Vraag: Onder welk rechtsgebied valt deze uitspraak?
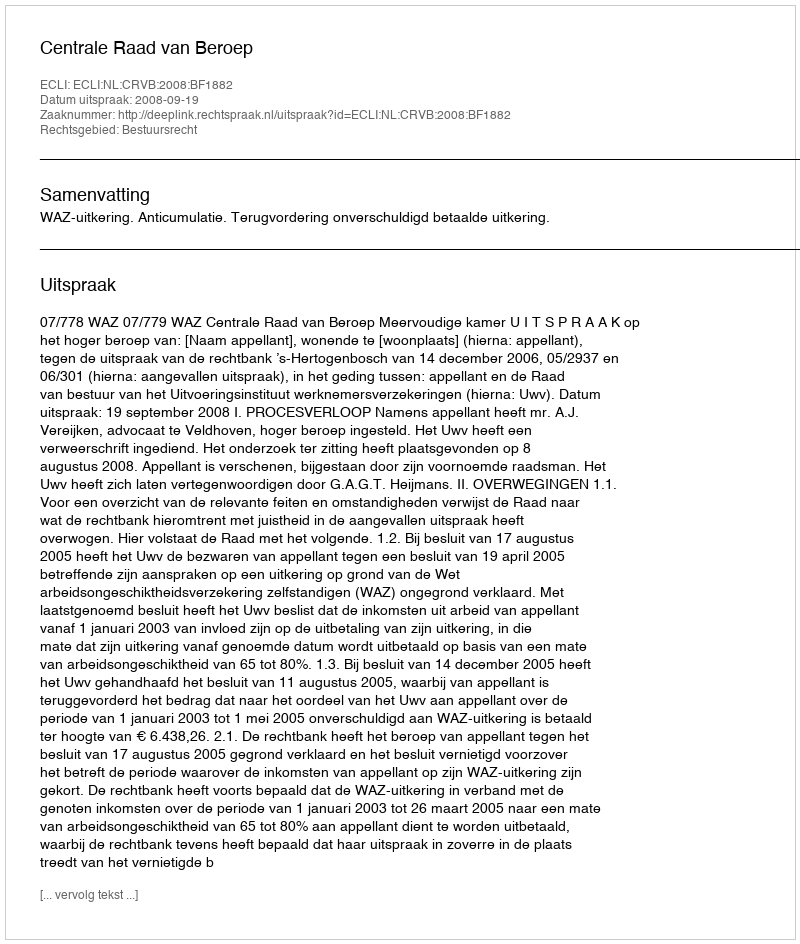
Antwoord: Bestuursrecht